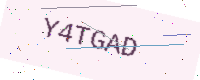
Text: Y4TGAD